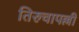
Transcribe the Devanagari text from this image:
तिरुचापल्ली